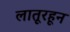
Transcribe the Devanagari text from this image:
लातूरहून